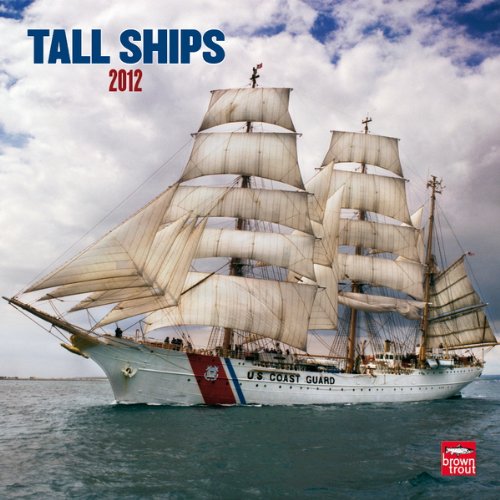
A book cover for Tall Ships 2012 Square 12X12 Wall Calendar; BrownTrout Publishers Inc; Calendars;